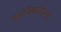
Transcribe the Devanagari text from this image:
महाधिकारीगण